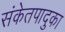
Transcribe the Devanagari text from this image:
संकेतपादुका